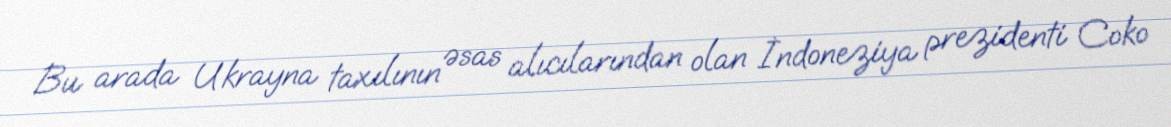
Bu arada Ukrayna taxılının əsas alıcılarından olan İndoneziya prezidenti Coko